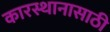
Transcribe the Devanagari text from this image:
कारस्थानासाठी